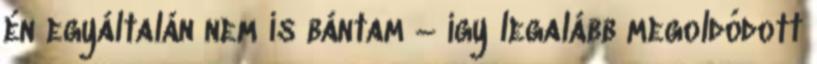
én egyáltalán nem is bántam – így legalább megoldódott